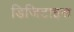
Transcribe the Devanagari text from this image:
डिजिटाइस